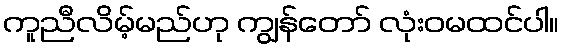
ကူညီလိမ့်မည်ဟု ကျွန်တော် လုံးဝမထင်ပါ။